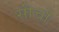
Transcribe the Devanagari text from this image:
सीचो